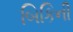
બિકિની